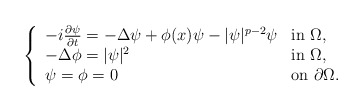
\begin{align*}\left \{ \begin{array}{ll}-i\frac{\partial\psi}{\partial t}=-\Delta \psi +\phi(x)\psi-|\psi|^{p-2}\psi & \mbox{in $\Omega$,}\\-\Delta \phi= |\psi|^{2} & \mbox{in $\Omega$,}\\\psi=\phi=0 & \mbox{on $\partial\Omega$.}\end{array}\right.\end{align*}